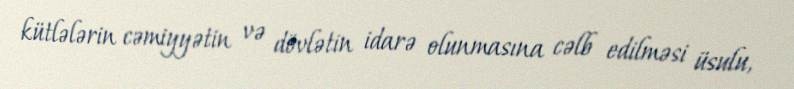
kütlələrin cəmiyyətin və dövlətin idarə olunmasına cəlb edilməsi üsulu,